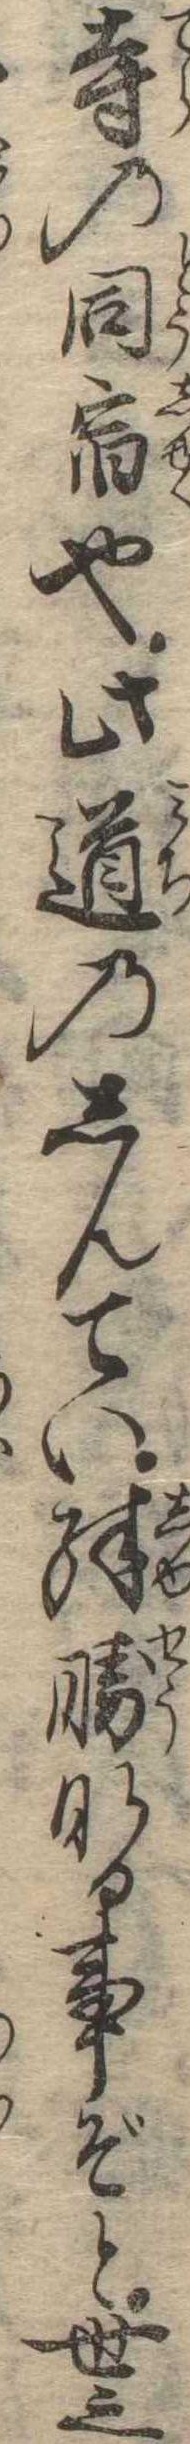
寺の同宿也此道のしんてい殊勝なる事ぞと世之